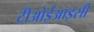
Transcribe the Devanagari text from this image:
टीओईआइसी